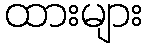
ထားများ